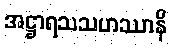
အဋ္ဌာရသသဟဿာနိ